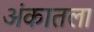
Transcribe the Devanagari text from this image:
अंकातला